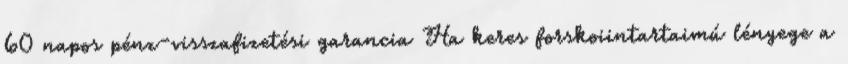
60 napos pénz-visszafizetési garancia Ha keres forskoiintartaimú lényege a